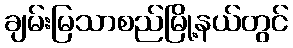
ချမ်းမြသာစည်မြို့နယ်တွင်